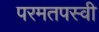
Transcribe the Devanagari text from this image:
परमतपस्वी